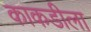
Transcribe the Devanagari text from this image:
काकडीला